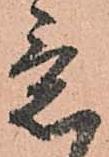
意